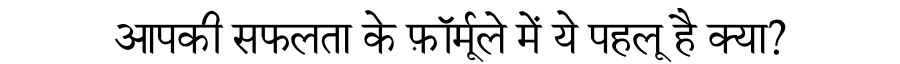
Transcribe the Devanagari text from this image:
आपकी सफलता के फ़ॉर्मूले में ये पहलू है क्या?